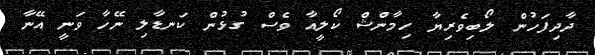
ދާދިފަހުން ލޯބިވެރިޔާ ހިމާންޝް ކޯލީއާ ވެސް ގުޅުން ކަނޑާލި ނޭހާ ވަނީ އޭނާ